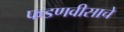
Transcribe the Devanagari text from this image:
फडणवीसाचे